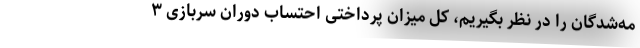
مه‌شدگان را در نظر بگیریم، کل میزان پرداختی احتساب دوران سربازی ۳